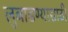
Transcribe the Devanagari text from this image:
लुबाडण्यासाठी